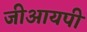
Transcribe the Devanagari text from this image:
जीआयपी